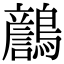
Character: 𪆿